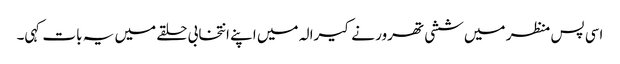
اسی پس منظر میں ششی تھرور نے کیرالہ میں اپنے انتخابی حلقے میں یہ بات کہی۔